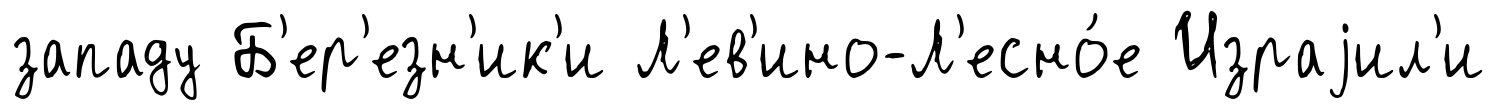
западу Б'ер'езн'ик'и Л'ев'ино-Л'есно́е Израjил'и